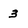
Character: 3